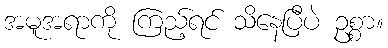
အမူအရာကို ကြည့်ရင် သိနေပြီပဲ ဥစ္စာ။